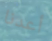
أعدنا